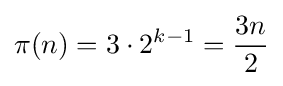
\pi (n)=3\cdot 2^{k-1}={\frac {3n}{2}}